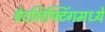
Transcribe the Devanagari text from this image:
वेटलिफ्टिंगमध्ये